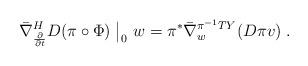
LaTeX: \begin{align*} \bar\nabla^{H}_{\frac{\partial}{\partial t}} D(\pi\circ\Phi)\;\big|_0\ w = \pi^*\bar\nabla^{\pi^{-1}TY}_w (D\pi v)\;. \end{align*}